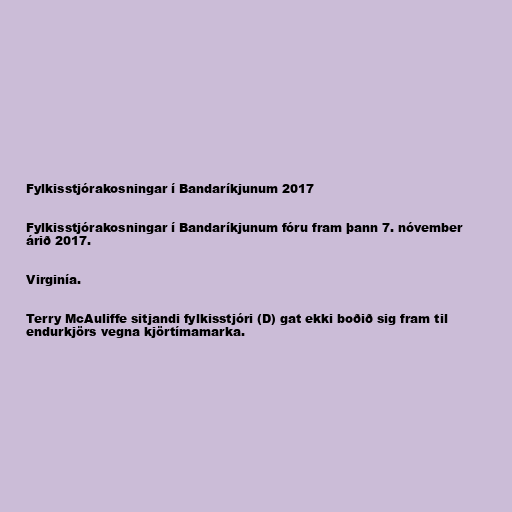
Fylkisstjórakosningar í Bandaríkjunum 2017

Fylkisstjórakosningar í Bandaríkjunum fóru fram þann 7. nóvember
árið 2017.

Virginía.

Terry McAuliffe sitjandi fylkisstjóri (D) gat ekki boðið sig fram til
endurkjörs vegna kjörtímamarka.